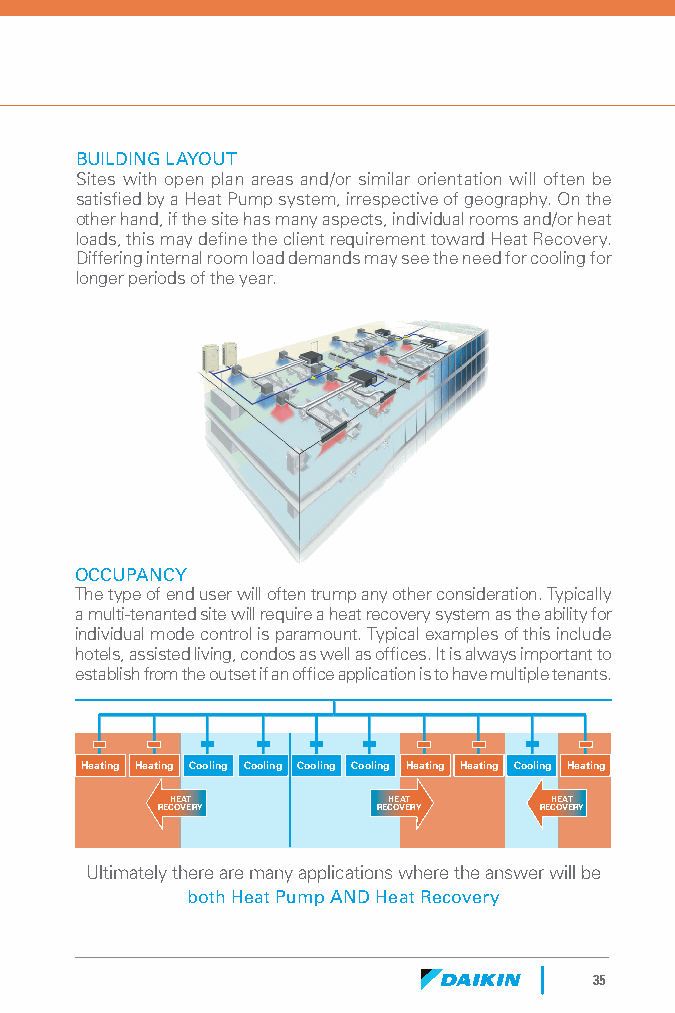
BUILDING LAYOUT
 Sites with open plan areas and/or similar orientation will often be
 satisfied by a Heat Pump system, irrespective of geography. On the
 other hand, if the site has many aspects, individual rooms and/or heat
 loads, this may define the client requirement toward Heat Recovery.
 Differing internal room load demands may see the need for cooling for
 longer periods of the year.
 OCCUPANCY
 The type of end user will often trump any other consideration. Typically
 a multi-tenanted site will require a heat recovery system as the ability for
 individual mode control is paramount. Typical examples of this include
 hotels, assisted living, condos as well as offices. It is always important to
 establish from the outset if an office application is to have multiple tenants.
 Heating Heating Cooling Cooling Cooling Cooling Heating Heating Cooling Heating
 HEAT           HEAT       HEAT
 RECOVERY       RECOVERY   RECOVERY
 Ultimately there are many applications where the answer will be
 both Heat Pump AND Heat Recovery
 35